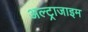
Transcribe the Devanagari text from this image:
अल्ट्राजाइम